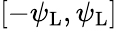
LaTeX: [-\psi_{\mathrm{L}},\psi_{\mathrm{L}}]